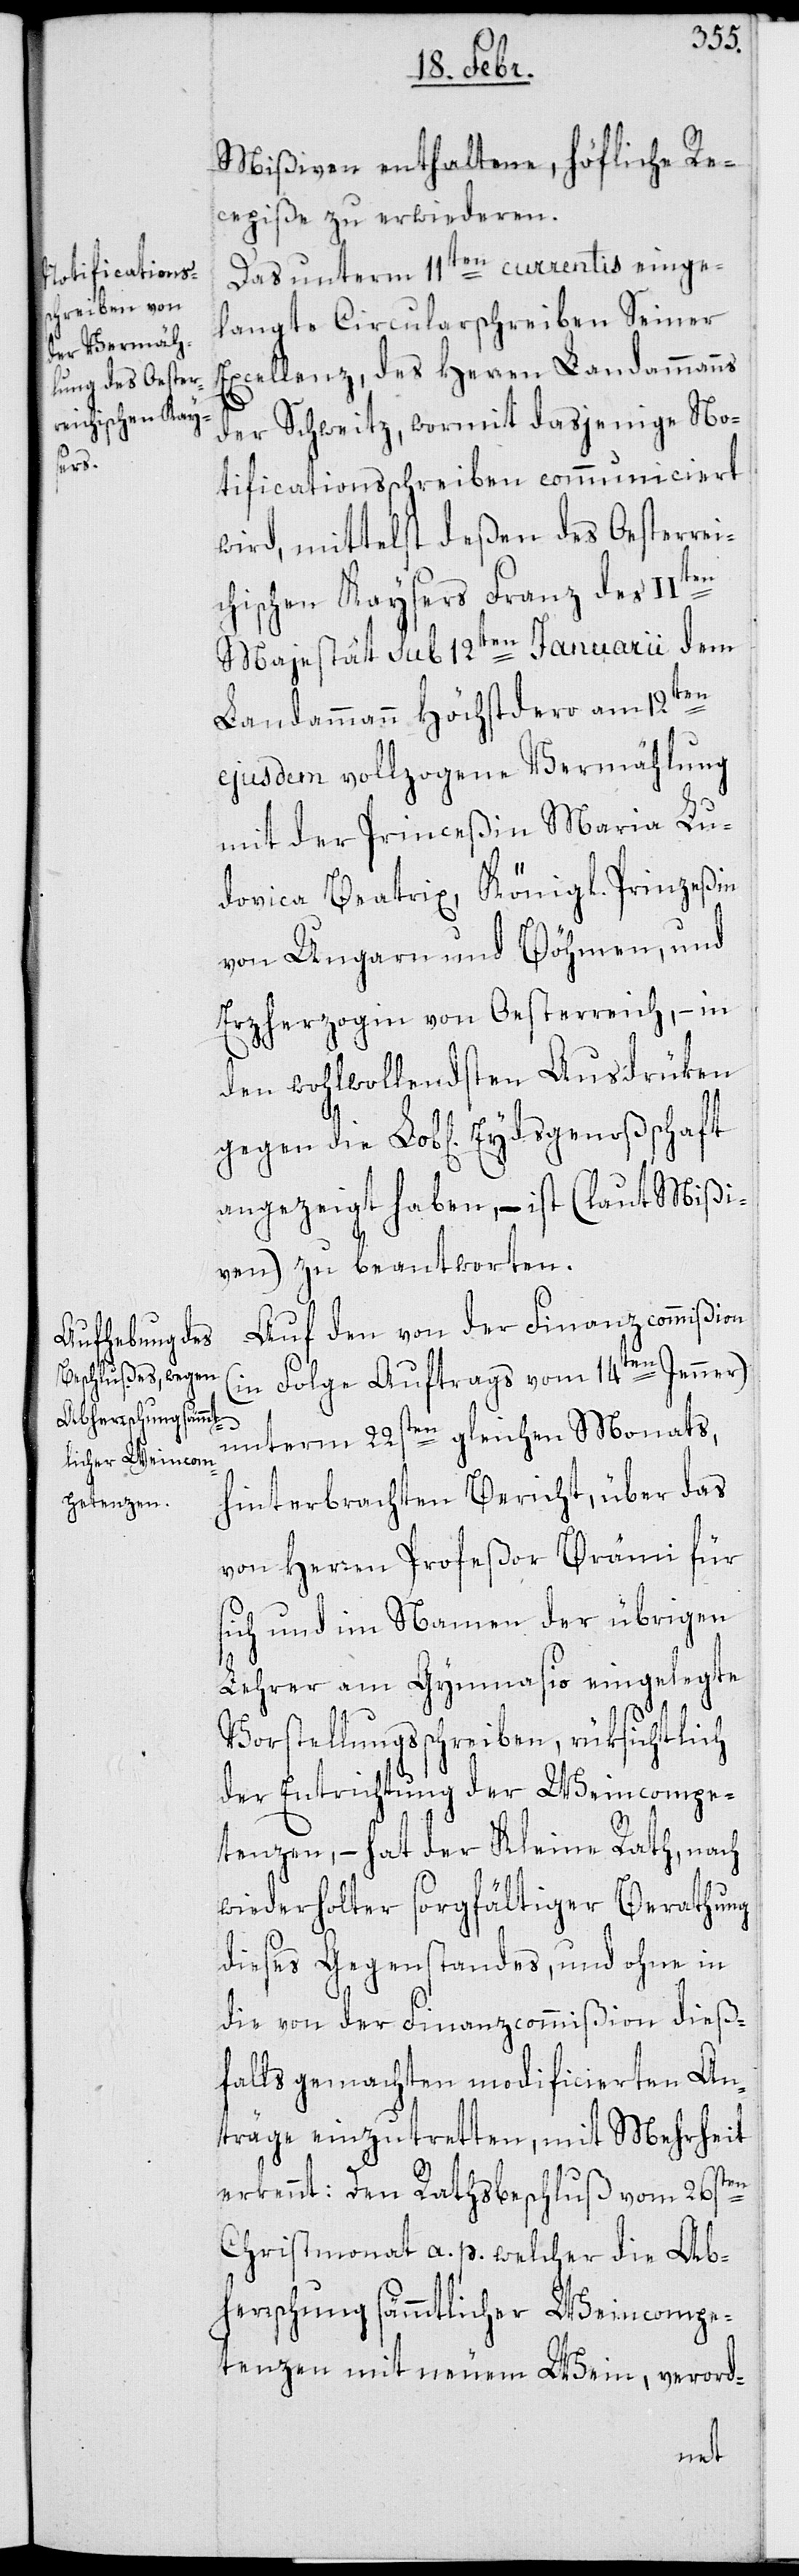
Mißiven enthaltene, höfliche Re¬
cepiße zu erwideren.
Das unterm 11ten currentis einge¬
langte Circularschreiben Seiner
Excellenz, des Herren Landammanns
der Schweitz, wormit dasjenige No¬
tificationsschreiben communiciert
wird, mittelst deßen des Oesterrei¬
ten
chischen Kaysers Franz des II¬
Majestät sub 12ten Januarii dem
Landammann Höchstdero am 12ten
ejusdem vollzogene Vermählung
mit der Princeßin Maria Lu¬
dovica Beatrix, Königl. Prinzeßin
von Ungarn und Böhmen, und
Erzherzogin von Oesterreich, – in
den wohlwollendsten Ausdrüken
angezeigt haben, – ist (laut Mißi¬
ven) zu beantworten.
Auf den von der Finanzcommißion
(in Folge Auftrags vom 14ten Jenner)
unterm 22sten gleichen Monats,
hinterbrachten Bericht, über das
von Herren Profeßor Brämi für
sich und im Namen der übrigen
Lehrer am Gymnasio eingelegte
Vorstellungsschreiben, rüksichtlich
der Entrichtung der Weincompe¬
tenzen, – hat der Kleine Rath, nach
wiederholter sorgfältiger Berathung
dieses Gegenstandes, und ohne in
die von der Finanzcommißion dieß¬
falls gemachten modificierten An¬
träge einzutretten, mit Mehrheit
erkennt: Den Rathsbeschluß vom 26sten
Christmonat a. p. welcher die Ab¬
herrschung sämmtlicher Weincompen¬
tenzen mit neuem Wein, verord-